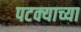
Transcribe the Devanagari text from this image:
पटक्याच्या